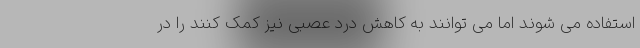
استفاده می شوند اما می توانند به کاهش درد عصبی نیز کمک کنند را در